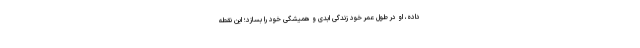
داده، او در طول عمر خود زندگی ابدی و همیشگی خود را بسازد؛ این نقطه